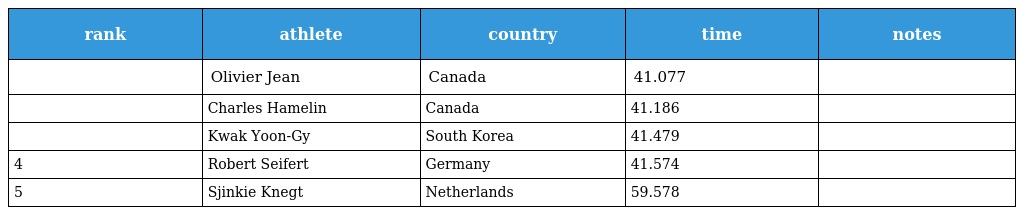
| rank | athlete | country | time | notes |
 | --- | --- | --- | --- | --- |
 |  | Olivier Jean | Canada | 41.077 |  |
 |  | Charles Hamelin | Canada | 41.186 |  |
 |  | Kwak Yoon-Gy | South Korea | 41.479 |  |
 | 4 | Robert Seifert | Germany | 41.574 |  |
 | 5 | Sjinkie Knegt | Netherlands | 59.578 |  |